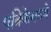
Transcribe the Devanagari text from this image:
पत्रिकेमध्ये